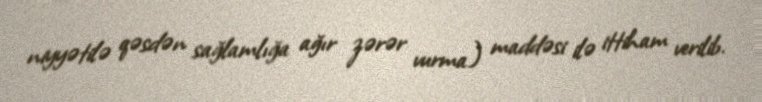
niyyətilə qəsdən sağlamlığa ağır zərər vurma) maddəsi ilə ittiham verilib.